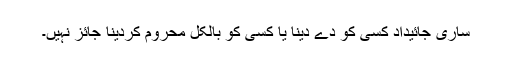
ساری جائیداد کسی کو دے دینا یا کسی کو بالکل محروم کردینا جائز نہیں۔